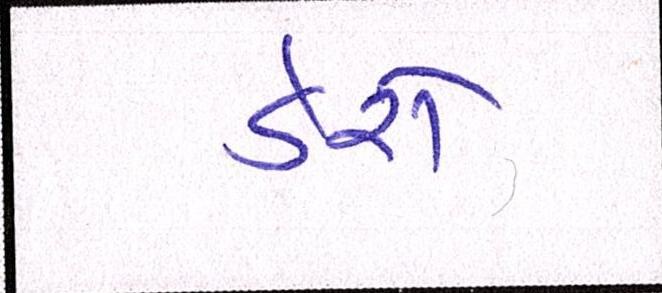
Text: ડેરો